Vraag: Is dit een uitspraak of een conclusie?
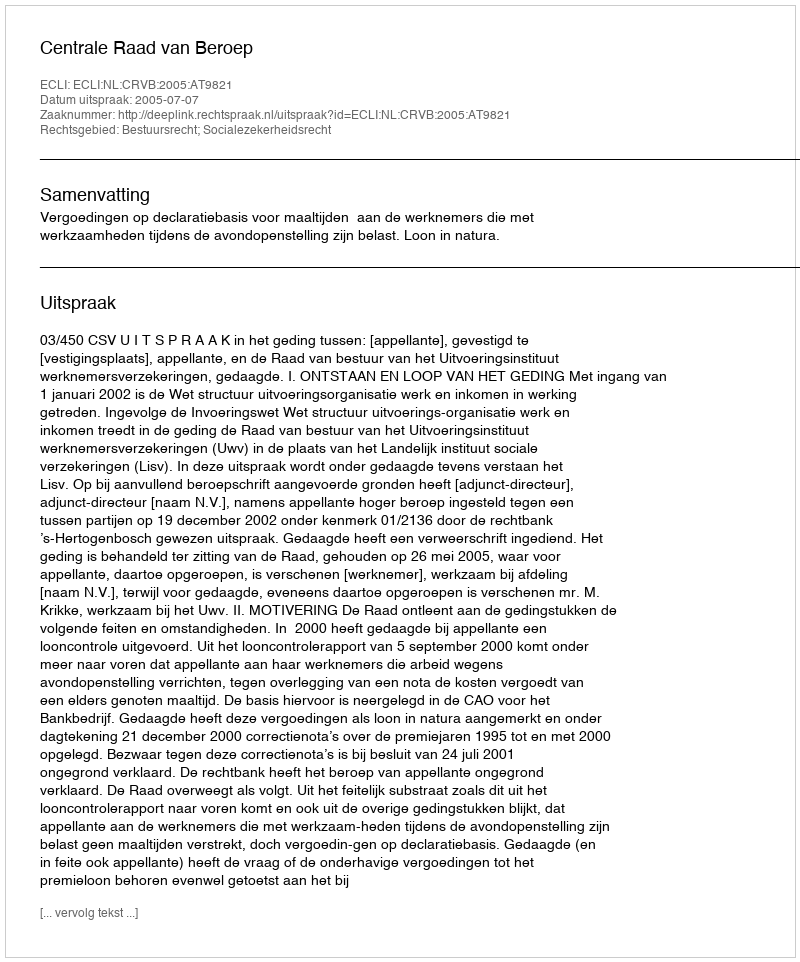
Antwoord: Uitspraak